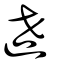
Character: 迣